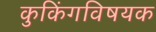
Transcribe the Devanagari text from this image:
कुकिंगविषयक